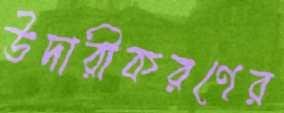
উদারীকরণের